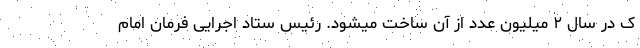
ک در سال ۲ میلیون عدد از آن ساخت میشود. رئیس ستاد اجرایی فرمان امام